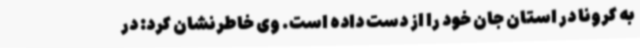
به کرونا در استان جان خود را از دست داده است. وی خاطرنشان کرد: در